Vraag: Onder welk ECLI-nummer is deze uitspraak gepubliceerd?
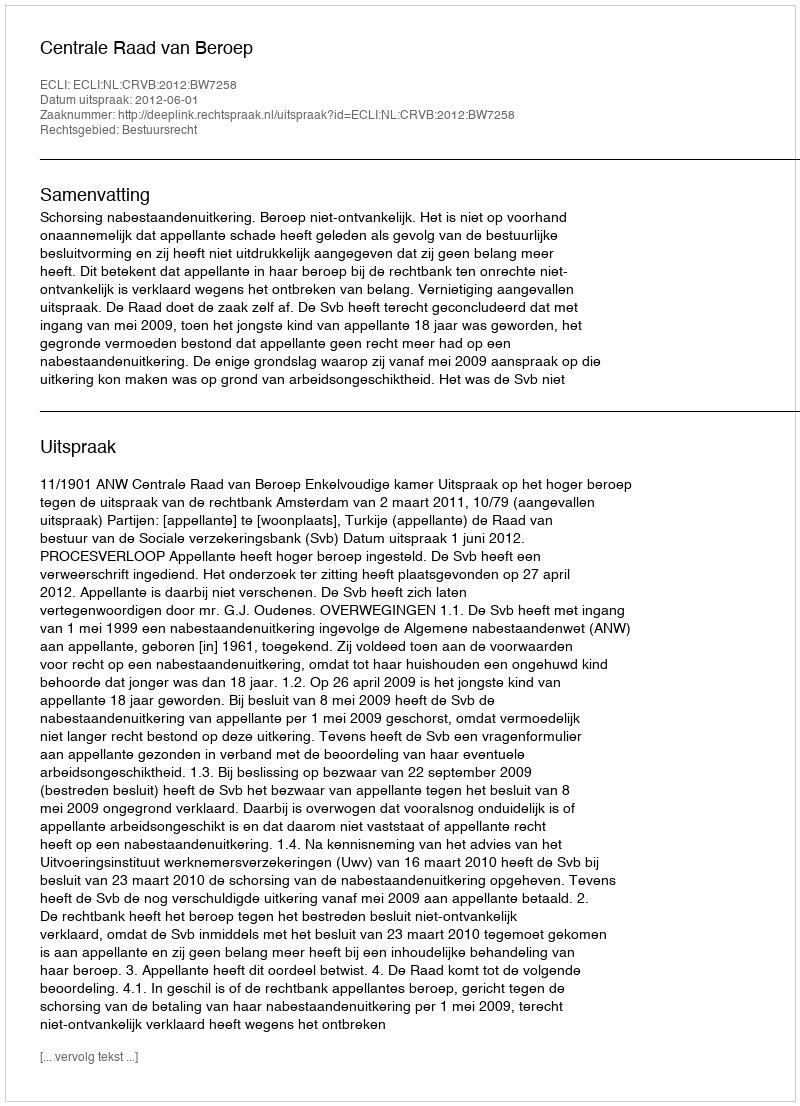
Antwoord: ECLI:NL:CRVB:2012:BW7258